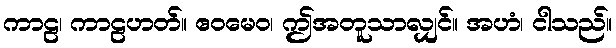
ကာဠ၊ ကာဠဟတ်။ ဧဝမေဝ၊ ဤအတူသာလျှင်။ အဟံ၊ ငါသည်။